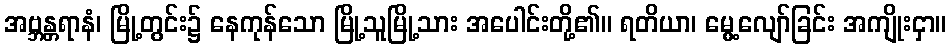
အဗ္ဘန္တရာနံ၊ မြို့တွင်း၌ နေကုန်သော မြို့သူမြို့သား အပေါင်းတို့၏။ ရတိယာ၊ မွေ့လျော်ခြင်း အကျိုးငှာ။